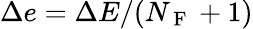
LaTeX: \Delta e=\Delta E/(N_{\mathrm{~F~}}+1)